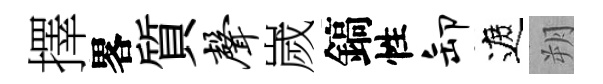
擇畧質声嵗鎬性卸遮朔